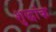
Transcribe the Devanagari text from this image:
शुद्धांक